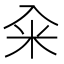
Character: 籴